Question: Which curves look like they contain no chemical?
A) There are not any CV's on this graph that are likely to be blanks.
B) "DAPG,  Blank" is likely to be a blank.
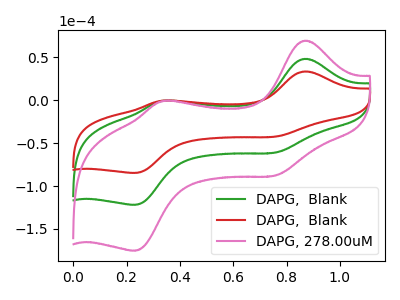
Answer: <think>The green curve "DAPG,  Blank" has anodic peaks at (0.85V, 48.30uA) (0.35V, -0.75uA) and cathodic peaks at (0.75V, -60.95uA) (0.25V, -121.80uA). The red curve "DAPG,  Blank" has anodic peaks at (0.85V, 33.55uA) (0.35V, -0.55uA) and cathodic peaks at (0.75V, -42.35uA) (0.25V, -84.65uA). The pink curve "DAPG, 278.00uM" has anodic peaks at (0.85V, 96.55uA) (0.35V, -1.55uA) and cathodic peaks at (0.75V, -121.95uA) (0.25V, -243.65uA).</think>
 <answer>A) There are not any CV's on this graph that are likely to be blanks.</answer>
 <eval>A</eval>